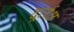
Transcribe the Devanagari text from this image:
दूर्लक्ष